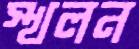
স্খলন